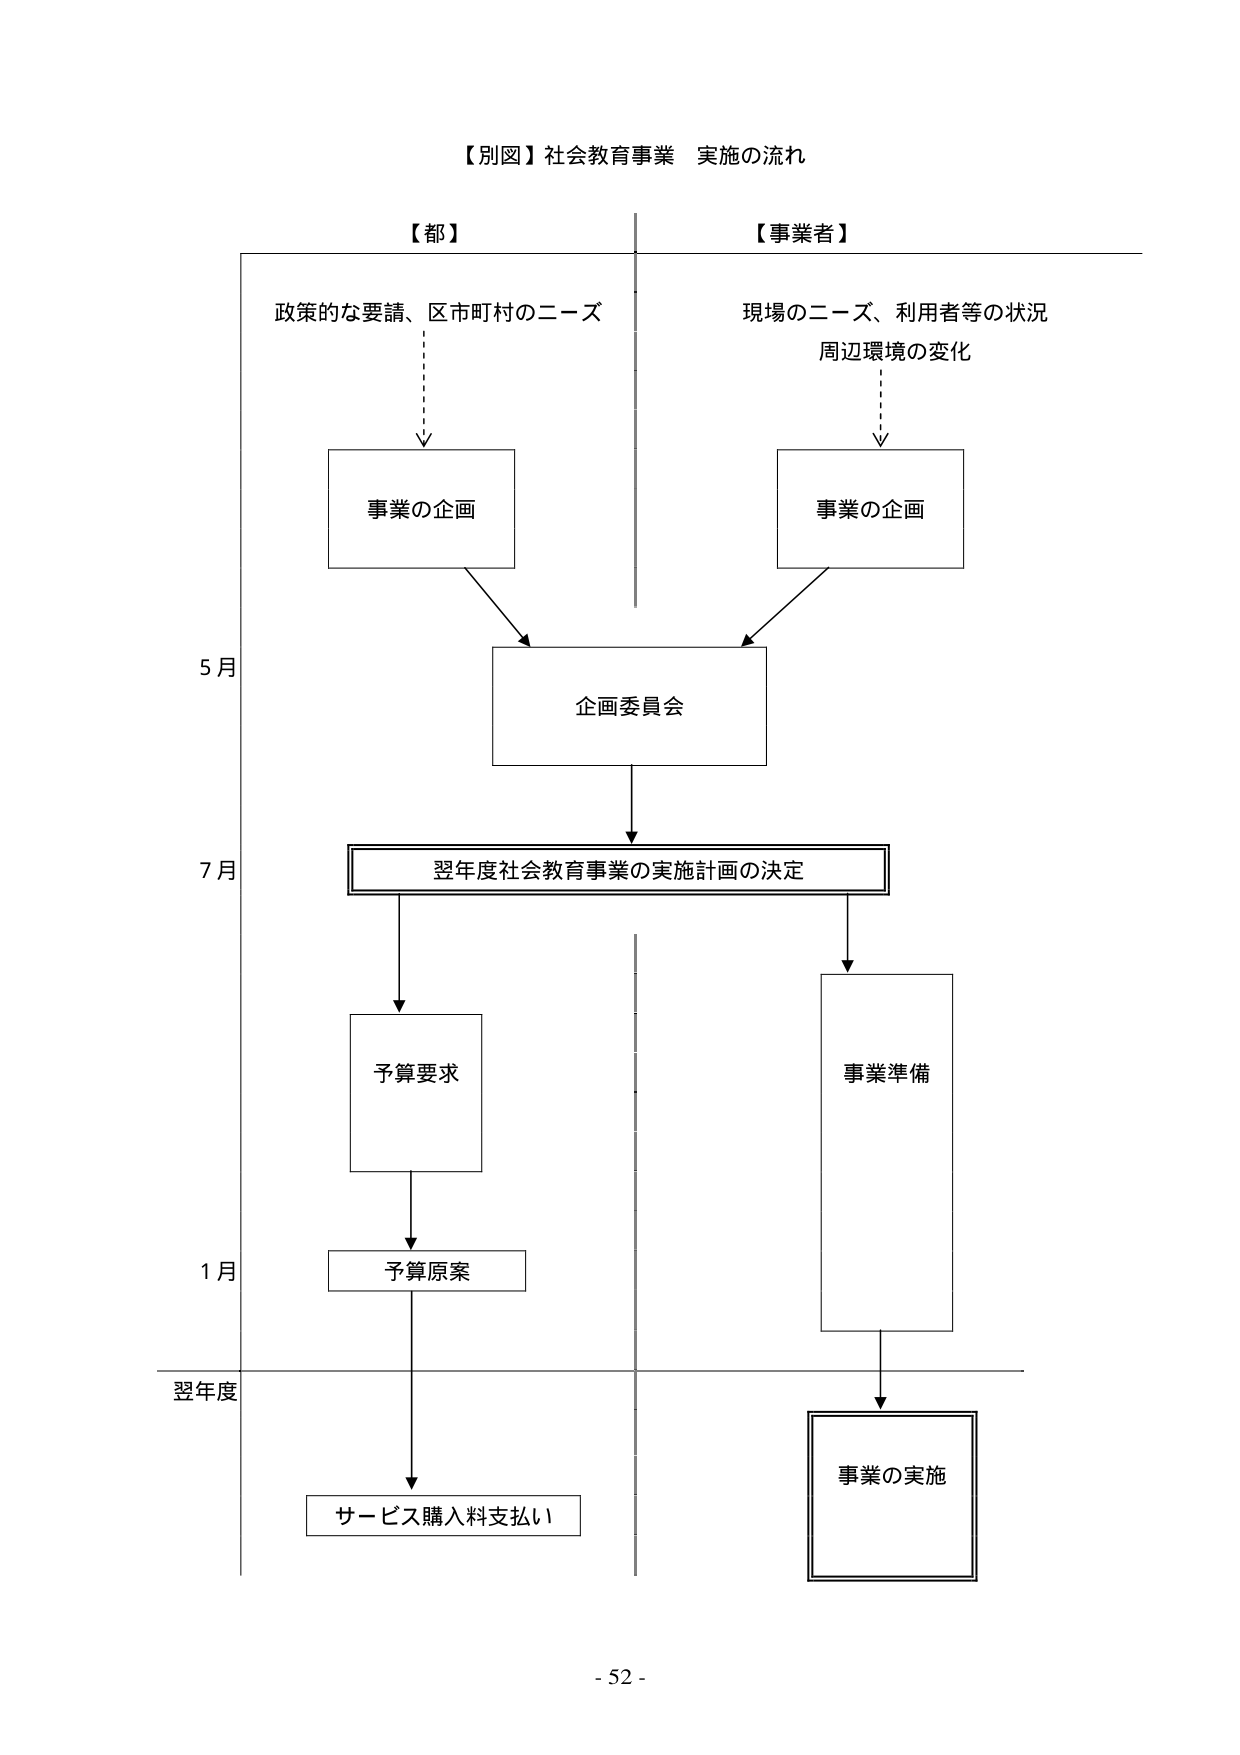
【別図】社会教育事業 実施の流れ

【都】
政策的な要請、区市町村のニーズ
→ 事業の企画

【事業者】
現場のニーズ、利用者等の状況
周辺環境の変化
→ 事業の企画

5月
→ 企画委員会

7月
→ 翌年度社会教育事業の実施計画の決定

→ 予算要求
→ 予算原案

1月

翌年度
→ サービス購入料支払い

→ 事業準備
→ 事業の実施

- 52 -